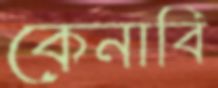
কেনাবি